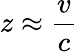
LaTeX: z\approx{\frac{v}{c}}